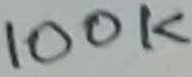
Text: 100K